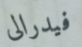
فيدرالى